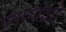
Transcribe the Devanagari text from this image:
प्रमाणाद्वारे